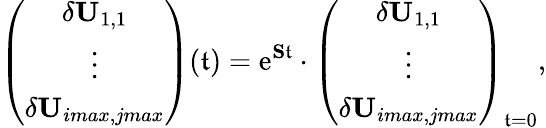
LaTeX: \left(\begin{array}{c}{\delta\mathbf{U}_{1,1}}\\ {\vdots}\\ {\delta\mathbf{U}_{imax,jmax}}\end{array}\right)(\mathfrak{t})=\mathrm{{e}}^{\mathbf{{S}}\mathfrak{t}}\cdot\left(\begin{array}{c}{\delta\mathbf{U}_{1,1}}\\ {\vdots}\\ {\delta\mathbf{U}_{imax,jmax}}\end{array}\right)_{\mathfrak{t}=0},